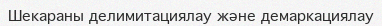
Шекараны делимитациялау және демаркациялау